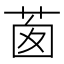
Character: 𦯎